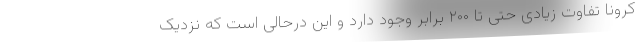
کرونا تفاوت زیادی حتی تا ۲۰۰ برابر وجود دارد و این درحالی است که نزدیک